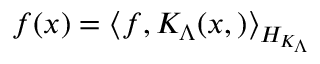
f ( x ) = \left\langle f , K _ { \Lambda } ( x , ) \right\rangle _ { { \cal { H } } _ { K _ { \Lambda } } }